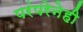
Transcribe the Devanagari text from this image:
परंपरेनेही